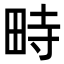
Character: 畤